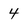
Character: 4